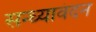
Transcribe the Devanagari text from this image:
सन्ध्यावंदन